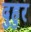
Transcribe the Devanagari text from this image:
दुहुर